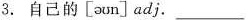
3.自己的 [aun] adj. ______